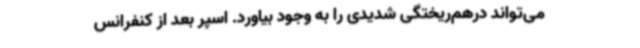
می‌تواند درهم‌ریختگی شدیدی را به وجود بیاورد. اسپر بعد از کنفرانس